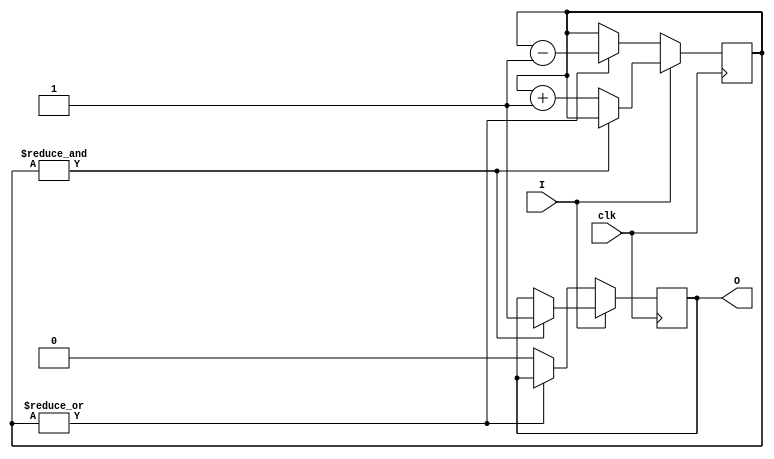
`timescale 1ns / 1ps
/**
 * 
 * @author Yunye Pu
 */
module AntiJitter #(
	parameter WIDTH = 20,
	parameter INIT = 1'b0
)(
	input clk, input I, output reg O = INIT
);
	reg [WIDTH-1:0] cnt = {WIDTH{INIT}};

	always @ (posedge clk)
	begin
		if(I)
		begin
			if(&cnt)
				O <= 1'b1;
			else
				cnt <= cnt + 1'b1;
		end
		else
		begin
			if(|cnt)
				cnt <= cnt - 1'b1;
			else
				O <= 1'b0;
		end
	end

endmodule